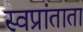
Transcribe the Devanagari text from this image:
स्वप्रांताता